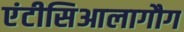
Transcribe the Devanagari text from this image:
एंटीसिआलागौग